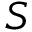
S